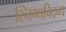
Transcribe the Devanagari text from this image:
स्निग्धविद्रव्य